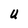
Character: U